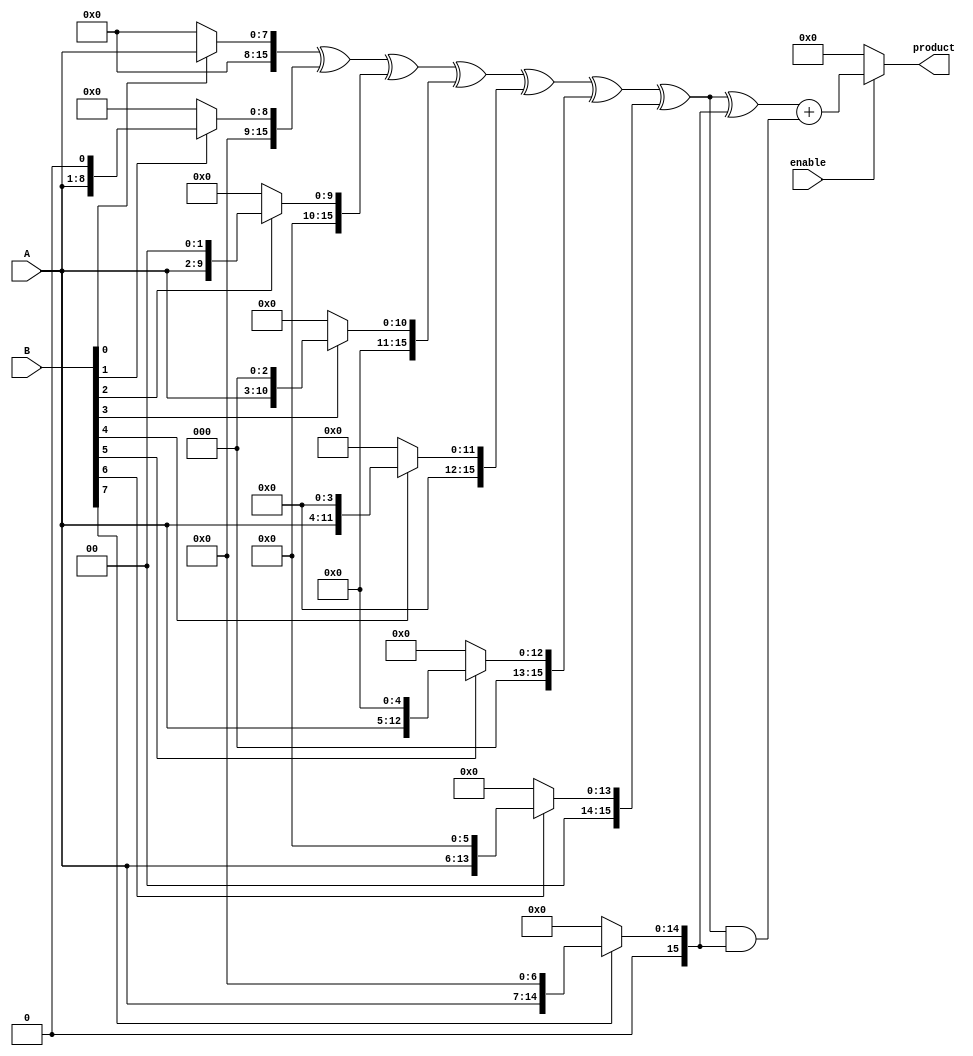
module WallaceTreeMultiplier #(parameter WIDTH_A = 8, WIDTH_B = 8)(
    input wire [WIDTH_A-1:0] A,
    input wire [WIDTH_B-1:0] B,
    input wire enable,
    output reg [WIDTH_A + WIDTH_B - 1:0] product
);

    // Partial product generation
    wire [WIDTH_A + WIDTH_B - 1:0] partial_products[WIDTH_B-1:0];

    genvar i;
    generate
        for (i = 0; i < WIDTH_B; i = i + 1) begin : pp_gen
            assign partial_products[i] = (B[i] ? A << i : 0);
        end
    endgenerate

    // Wallace tree reduction
    wire [WIDTH_A + WIDTH_B - 1:0] sum[WIDTH_A + WIDTH_B - 1:0];
    wire [WIDTH_A + WIDTH_B - 1:0] carry[WIDTH_A + WIDTH_B - 1:0];

    // Initial stage: sum the partial products
    assign sum[0] = partial_products[0];
    assign carry[0] = 0;

    genvar j;
    generate
        for (j = 1; j < WIDTH_B; j = j + 1) begin : reduction_stage
            wire [WIDTH_A + WIDTH_B - 1:0] temp_sum;
            wire [WIDTH_A + WIDTH_B - 1:0] temp_carry;

            // Half adder for the first two bits
            assign temp_sum = sum[j-1] ^ partial_products[j];
            assign temp_carry = sum[j-1] & partial_products[j];

            assign sum[j] = temp_sum;
            assign carry[j] = temp_carry;
        end
    endgenerate

    // Final addition
    wire [WIDTH_A + WIDTH_B - 1:0] final_sum;
    wire [WIDTH_A + WIDTH_B - 1:0] final_carry;

    assign final_sum = sum[WIDTH_B-1] + carry[WIDTH_B-1];

    always @(*) begin
        if (enable) begin
            product = final_sum;
        end else begin
            product = 0; // Power-saving mode
        end
    end

endmodule